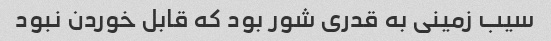
سیب زمینی به قدری شور بود که قابل خوردن نبود